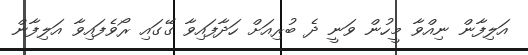
އަލިފާން ނިއްވާ މީހުން ވަނީ ދެ ބުރިއަށް ހަދާފައިވާ ގޭގައި ރޯވެފައިވާ އަލިފާން